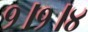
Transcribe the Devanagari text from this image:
१।१।४